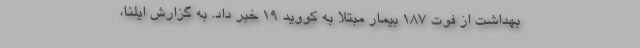
بهداشت از فوت ۱۸۷ بیمار مبتلا به کووید ۱۹ خبر داد. به گزارش ایلنا،